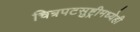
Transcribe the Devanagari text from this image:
चित्रपटसुष्ट्रीमध्येही